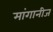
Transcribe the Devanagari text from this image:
मांगानीज